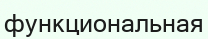
функциональная